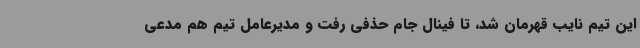
این تیم نایب قهرمان شد، تا فینال جام حذفی رفت و مدیرعامل تیم هم مدعی